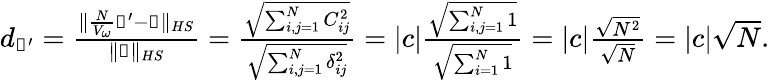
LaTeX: \begin{array}{r}{d_{\mathbb{1}^{\prime}}=\frac{\Vert\frac{N}{V_{\omega}}\mathbb{1^{\prime}}-\mathbb{1}\Vert_{HS}}{\Vert\mathbb{1}\Vert_{HS}}=\frac{\sqrt{\sum_{i,j=1}^{N}C_{ij}^{2}}}{\sqrt{\sum_{i,j=1}^{N}\delta_{ij}^{2}}}=\vert c\vert\frac{\sqrt{\sum_{i,j=1}^{N}1}}{\sqrt{\sum_{i=1}^{N}1}}=\vert c\vert\frac{\sqrt{N^{2}}}{\sqrt{N}}=\vert c\vert\sqrt{N}.}\end{array}